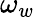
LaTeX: \omega_{w}